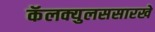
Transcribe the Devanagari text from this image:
कॅलक्युलससारखे